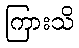
ကြားသိ